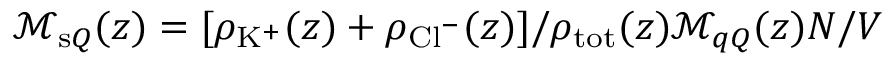
\mathcal { M } _ { \mathrm { s } Q } ( z ) = [ \rho _ { \mathrm { K } ^ { + } } ( z ) + \rho _ { \mathrm { C l } ^ { - } } ( z ) ] / \rho _ { \mathrm { t o t } } ( z ) \mathcal { M } _ { q Q } ( z ) N / V